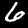
Label: 6